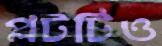
প্লটটিও